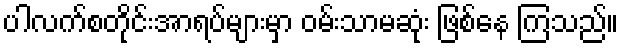
ပါလက်စတိုင်းအာရပ်များမှာ ဝမ်းသာမဆုံး ဖြစ်နေ ကြသည်။